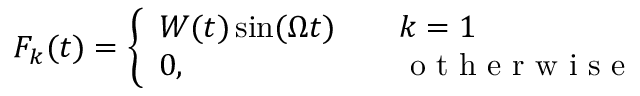
{ F } _ { k } ( t ) = \left\{ \begin{array} { l l } { W ( t ) \sin ( \Omega t ) \ \ \ } & { k = 1 } \\ { 0 , \ \ \ } & { \mathrm { ~ o ~ t ~ h ~ e ~ r ~ w ~ i ~ s ~ e ~ } } \end{array} \right.